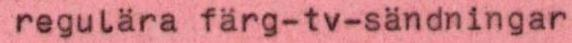
regulära färg-tv-sändningar